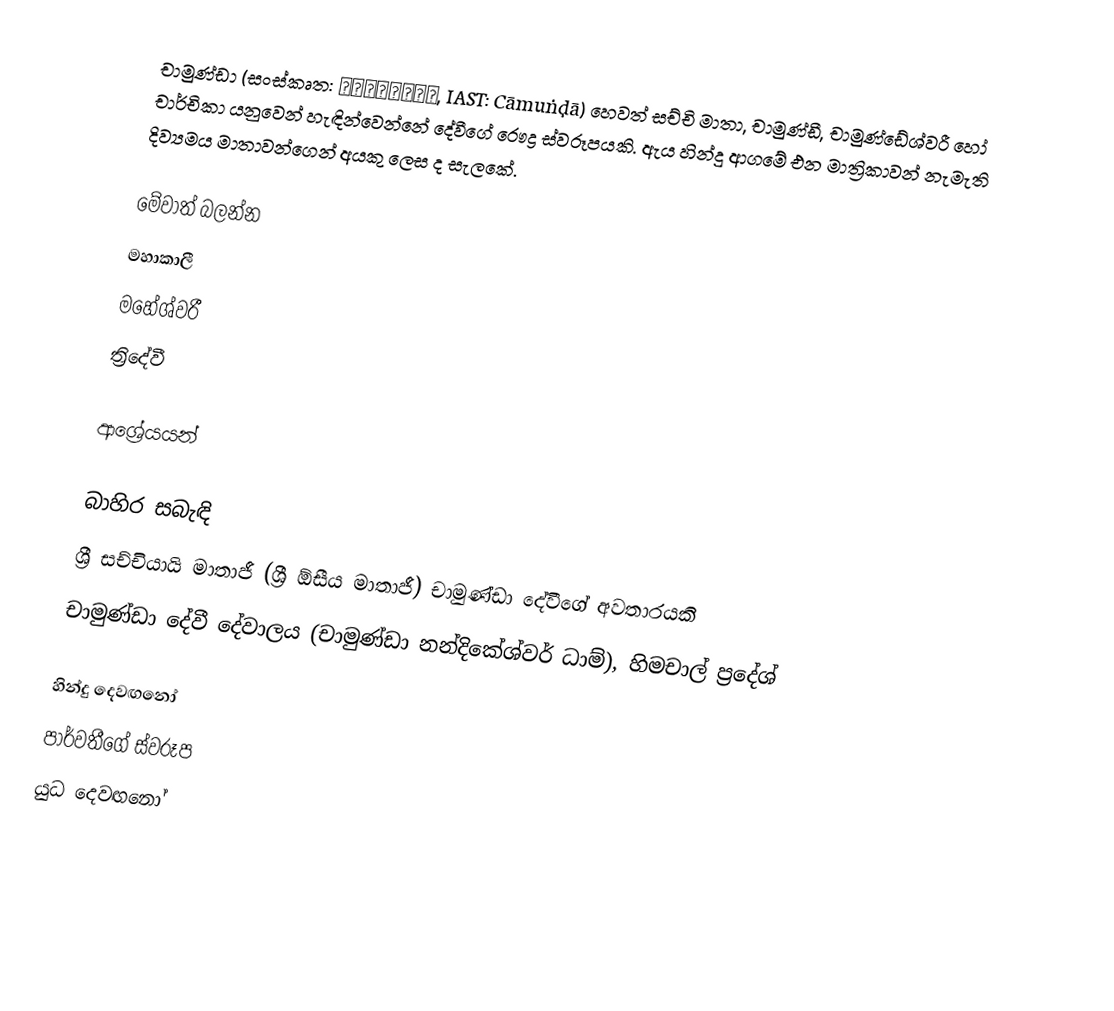
චාමුණ්ඩා (සංස්කෘත: चामुण्डा, IAST: Cāmuṇḍā) හෙවත් සච්චි මාතා, චාමුණ්ඩී, චාමුණ්ඩේශ්වරී හෝ චාර්චිකා යනුවෙන් හැඳින්වෙන්නේ දේවීගේ රෞද්‍ර ස්වරූපයකි. ඇය හින්දු ආගමේ එන මාත්‍රිකාවන් නැමැති දිව්‍යමය මාතාවන්ගෙන් අයකු ලෙස ද සැලකේ.

මේවාත් බලන්න
 මහාකාලී
 මහේශ්වරී
 ත්‍රිදේවී

ආශ්‍රේයයන්

බාහිර සබැඳි
 ශ්‍රී සච්චියායි මාතාජී (ශ්‍රී ඕසීය මාතාජී) චාමුණ්ඩා දේවීගේ අවතාරයකි
 චාමුණ්ඩා දේවී දේවාලය (චාමුණ්ඩා නන්දිකේශ්වර් ධාම්), හිමචාල් ප්‍රදේශ්

හින්දු දෙවඟනෝ
පාර්වතීගේ ස්වරූප
යුධ දෙවඟනෝ